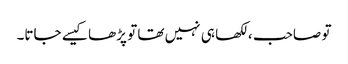
تو صاحب ، لکھا ہی نہیں تھا تو پڑھا کیسے جاتا۔